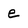
Character: e